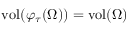
\mathrm { v o l } ( \varphi _ { \tau } ( \Omega ) ) = \mathrm { v o l } ( \Omega )